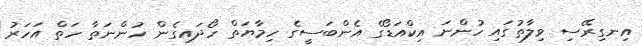
އިނގިރޭސި ވިލާތުގައި ހުންނަ އިކްއަޑޯގެ އެންބަސީގެ ހިމާޔަތް ހޯދައިގެން ހުންނަތާ ހަތް އަހަރު